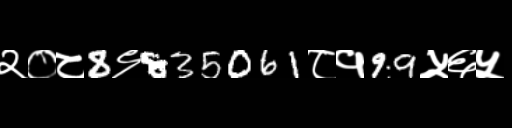
Text: २०८8९835061८१99५६५